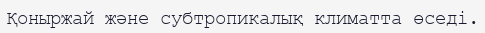
Қоныржай және субтропикалық климатта өседі.